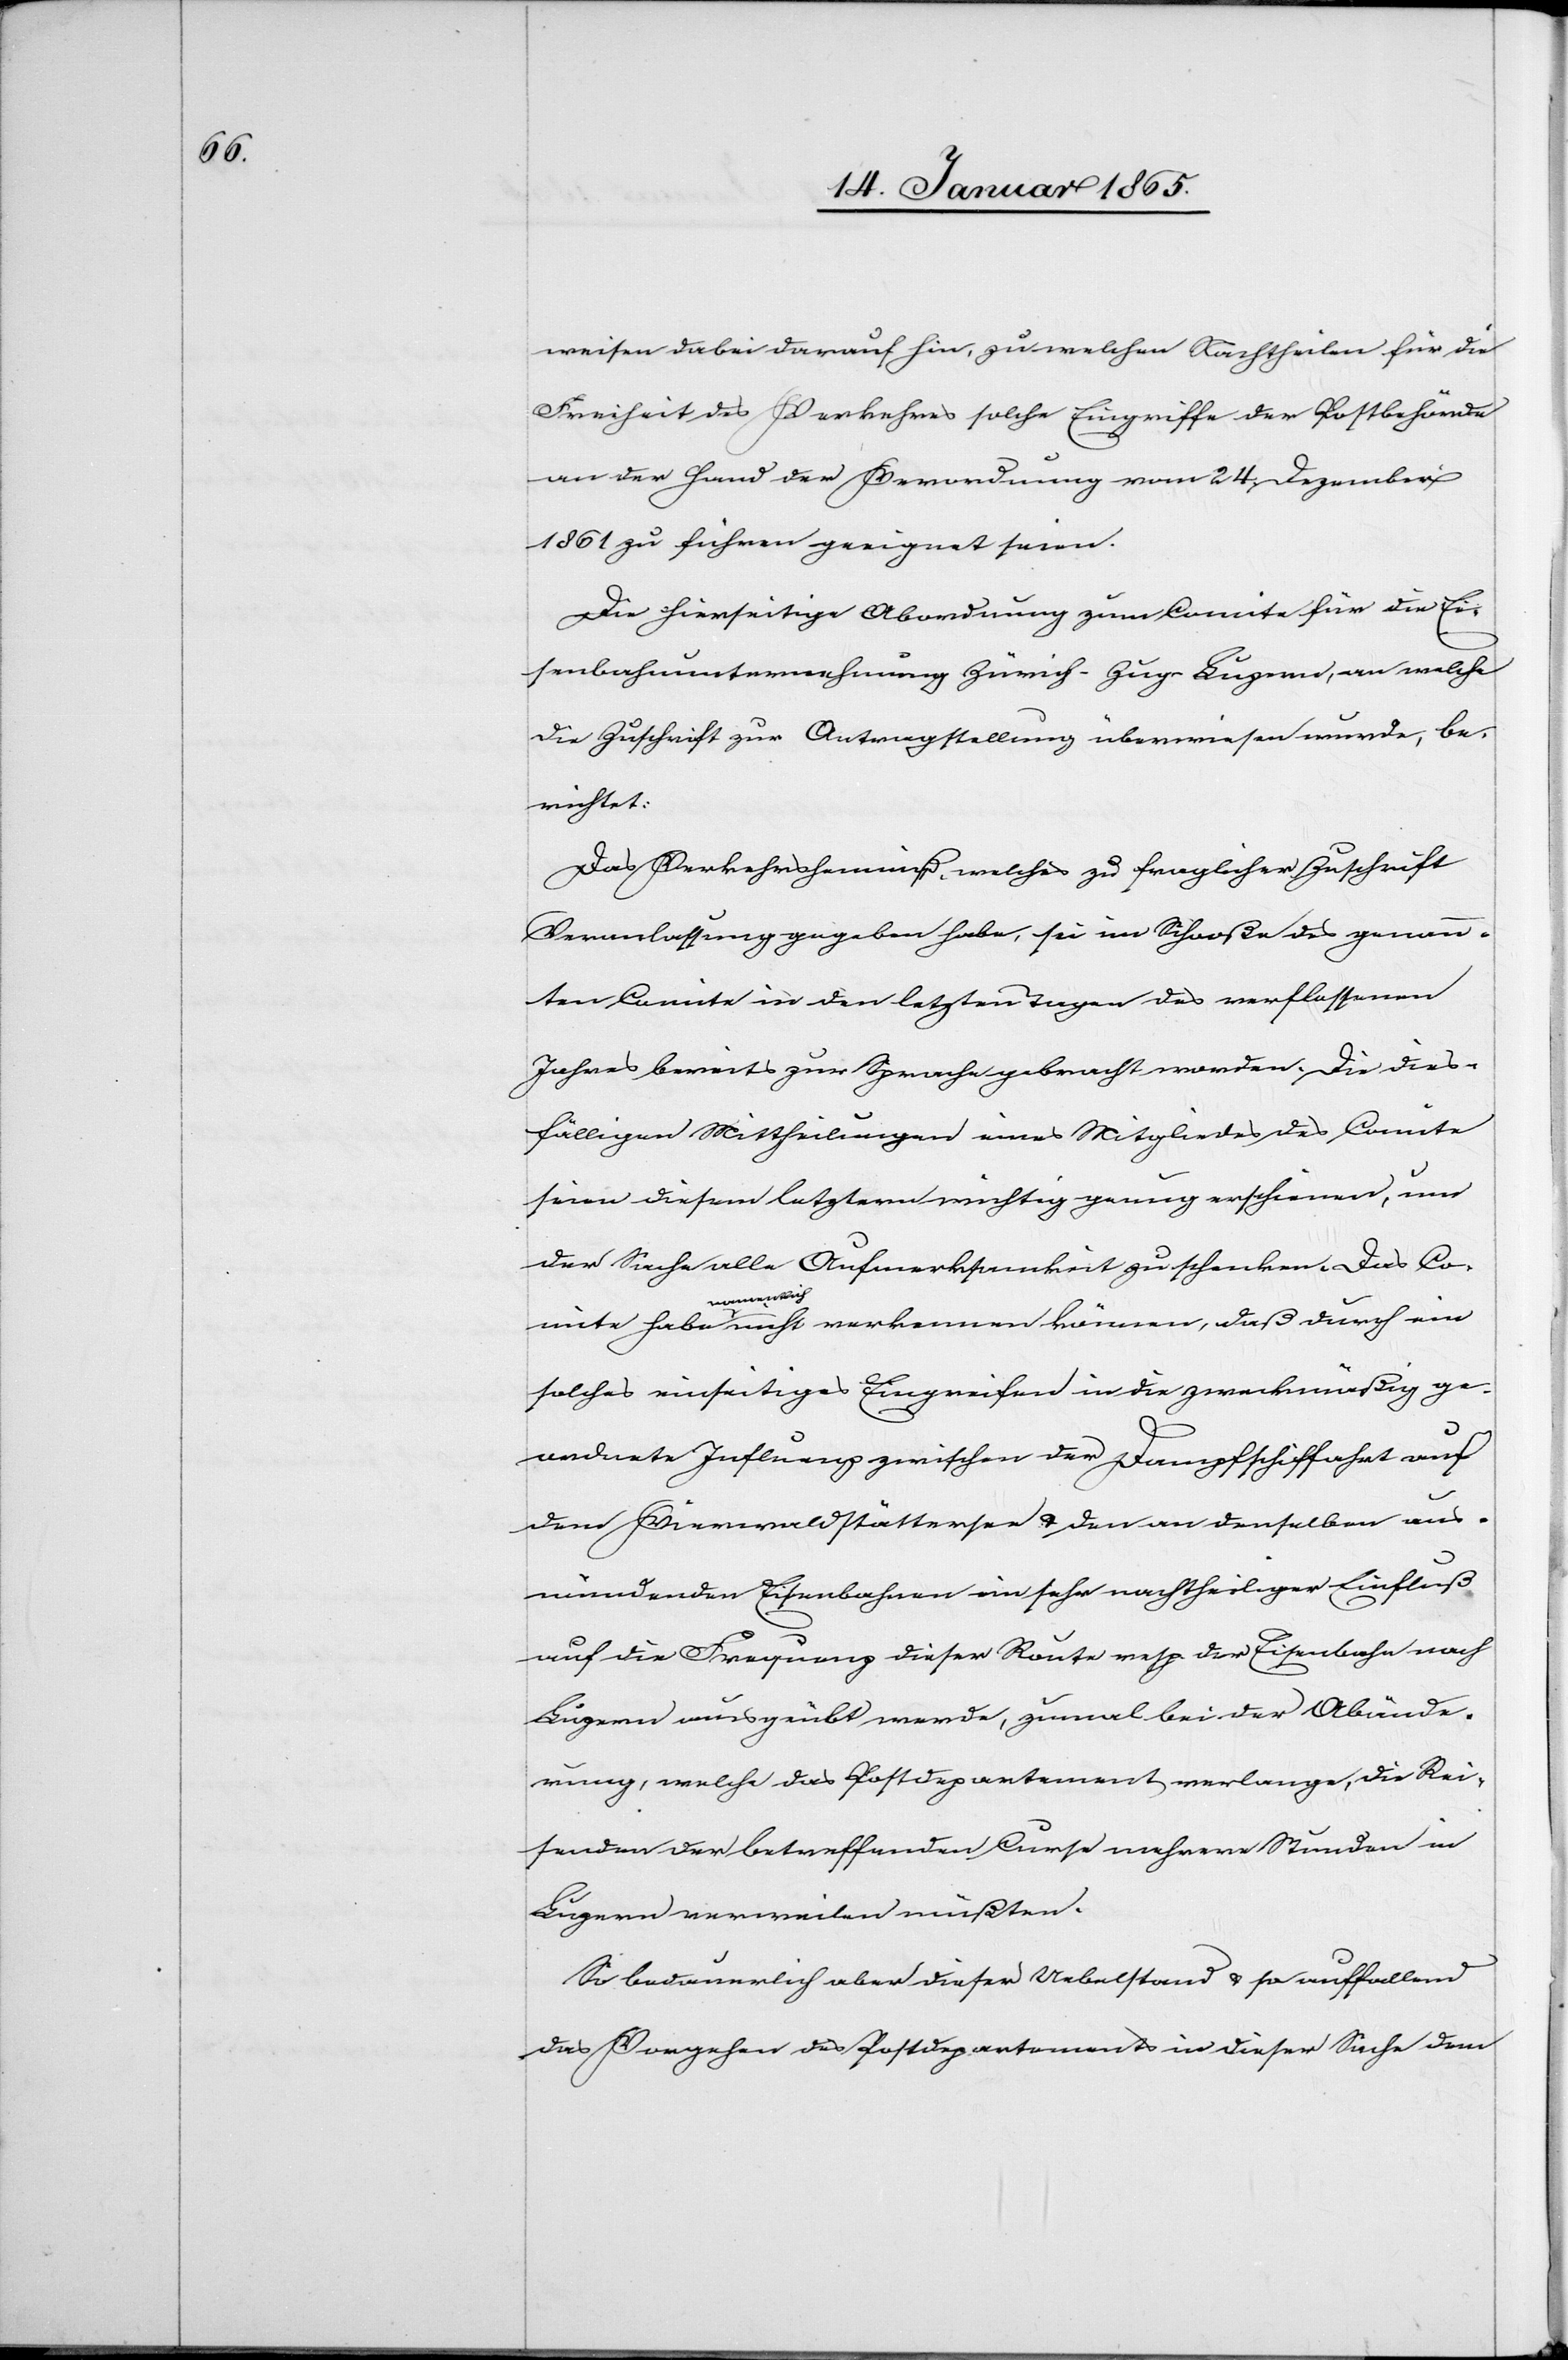
weisen dabei darauf hin, zu welchen Nachtheilen für die
Freiheit des Verkehres solche Eingriffe der Postbehörde
an der Hand der Verordnung vom 24. Dezember
1861 zu führen geeignet seien.
Die hierseitige Abordnung zum Comite für die Ei¬
senbahnunternehmung Zürich-Zug-Luzern, an welche
die Zuschrift zur Antragstellung überwiesen wurde, be¬
richtet:
Das Verkehrshemmniß, welches zu fraglicher Zuschrift
Veranlassung gegeben habe, sei im Schooße des genan¬
nten Comite in den letzten Tagen des verflossenen
Jahres bereits zur Sprache gebracht worden. Die dies¬
fälligen Mittheilungen eines Mitgliedes des Comite
seien diesem letztern wichtig genug erschienen, um
der Sache alle Aufmerksamkeit zu schenken. Das Co¬
mite habe namentlich nicht verkennen können, daß durch ein
solches einseitiges Eingreifen in die zweckmäßig ge¬
ordnete Influenz zwischen der Dampfschiffahrt aus
dem Vierwaldstättersee u. den an denselben aus¬
mündenden Eisenbahnen ein sehr nachtheiliger Einfluß
auf die Frequenz dieser Route resp. der Eisenbahn nach
Luzern ausgeübt werde, zumal bei der Abände¬
rung, welche das Postdepartement verlange, die Rei¬
senden der betreffenden Curse mehrere Stunden in
Luzern verweilen müßten.
So bedauerlich aber dieser Uebelstand u. so auffallend
das Vorgehen des Postdepartements in dieser Sache dem